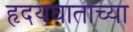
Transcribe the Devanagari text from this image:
हृदयघाताच्या